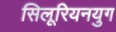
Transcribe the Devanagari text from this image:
सिलूरियनयुग